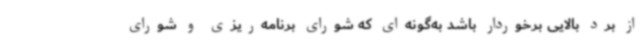
از برد بالایی برخوردار باشد به‌گونه‌ای که شورای برنامه‌ریزی و شورای